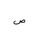
Letter: _sad